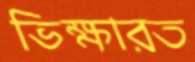
ভিক্ষারত